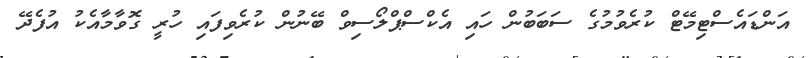
އަންޑައެސްޓިމޭޓް ކުރެވުމުގެ ސަބަބުން ހައި އެކްސްޕްލޯސިވް ބޭނުން ކުރެވިފައި ހުރީ ގޮވާމާއެކު އުފެދޭ